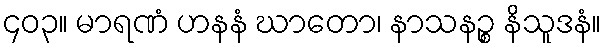
၄၀၃။ မာရဏံ ဟနနံ ဃာတော၊ နာသနဉ္စ နိသူဒနံ။